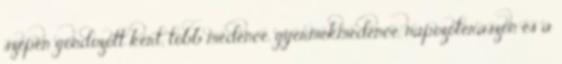
szépen gondozott kert, több medence, gyermekmedence, napozóteraszon és a